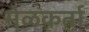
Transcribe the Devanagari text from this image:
मेळकर्ता